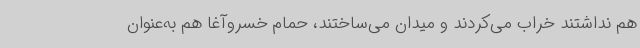
هم نداشتند خراب می‌کردند و میدان می‌ساختند، حمام خسروآغا هم به‌عنوان